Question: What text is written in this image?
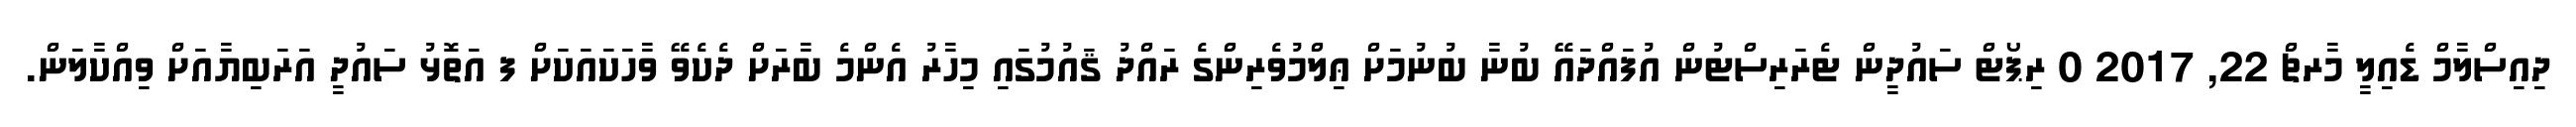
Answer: ދިއިސްލާމް ޑެއިލީ މާރޗް 22, 2017 0 ރިޕޯޓް ސައުދީން ޓެރަރިސްޓުން އުފައްދައޭ ބުނާ ބުނުމަށް ޢިލްމުވެރިންގެ ރައްދު ޤައުމުގައި މިހާރު އެންމެ ބާރަށް ދެކެވޭ ވާހަކައަކަށް ފ އަތޮޅު ސައުދީ އަރަބިޔާއަށް ވިއްކާލަން.